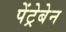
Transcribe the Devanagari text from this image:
पेंट्रेबेन